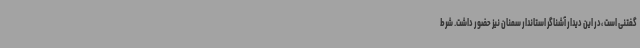
گفتنی است ،در این دیدار آشناگر استاندار سمنان نیز حضور داشت. شرط